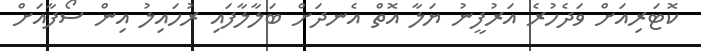
ކޮޓަރިއަށް ވަދެހުރެ އަރުފީނު ޔަލާ އޮތް އެނދަށް ބަލާލާފައި ރުހައިލު އިން ސޯފާއަށް